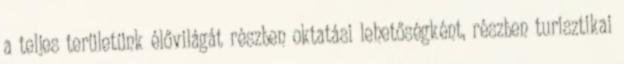
a teljes területünk élővilágát részben oktatási lehetőségként, részben turisztikai